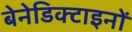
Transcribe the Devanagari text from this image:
बेनेडिक्टाइनों